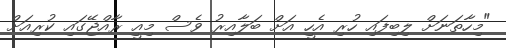
"މިހާތަނަށް ލިބިފައި ހުރި އެހީ އަށް ބަލާއިރު ވެސް މިއީ ރާއްޖޭގައި ކުރިއަށް